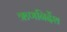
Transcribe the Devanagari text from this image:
ऋणनिर्देश